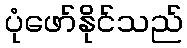
ပုံဖော်နိုင်သည်